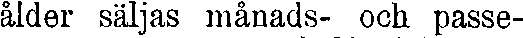
ålder säljas månads- och passe-